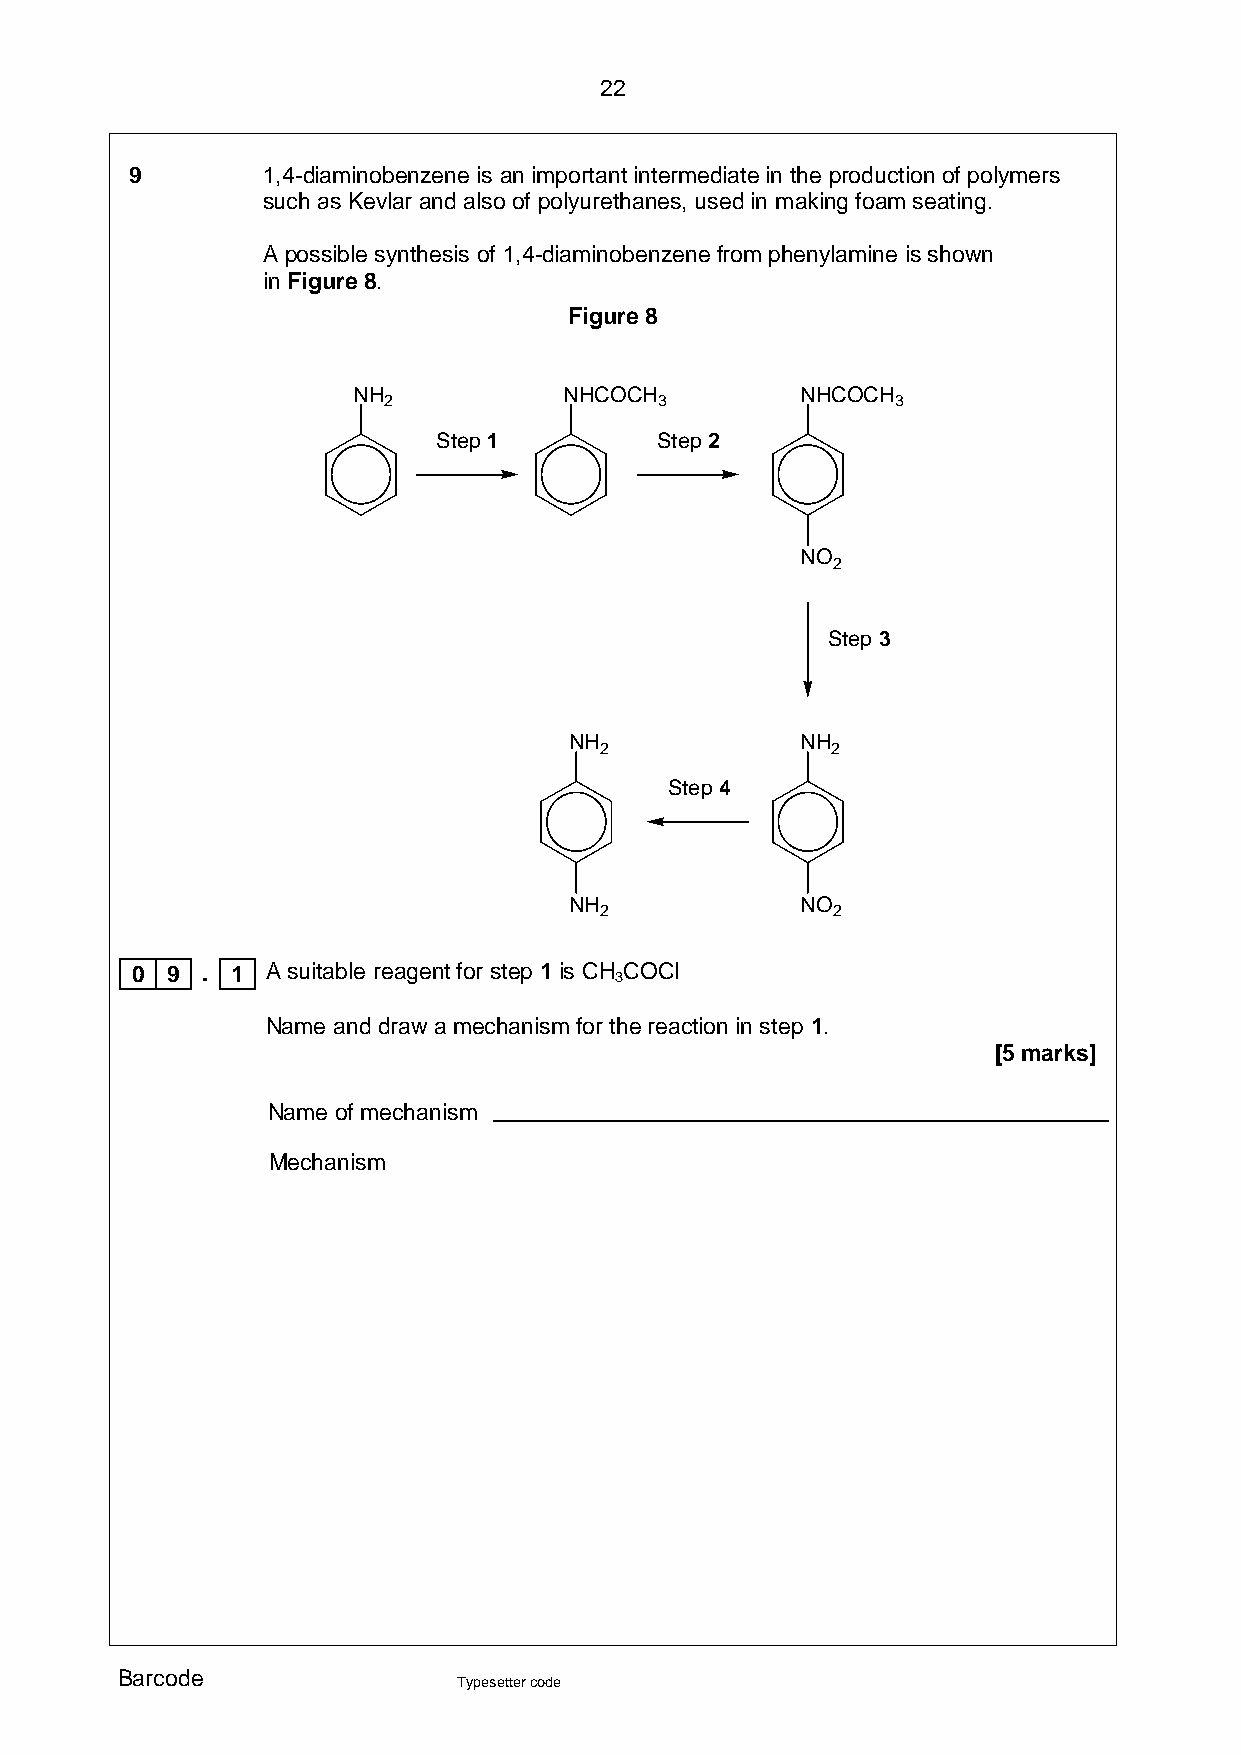
22
 9       1 ,4-diaminobenzene is an important intermediate in the production of polymers
 such as Kevlar and also of polyurethanes, used in making foam seating.
 A possible synthesis of 1,4-diaminobenzene from phenylamine is shown
 in Figure 8.
 Figure 8
 NH            NHCOCH          NHCOCH
 2                  3              3
 Step 1        Step 2
 NO
 2
 Step 3
 NH             NH
 2              2
 Step 4
 NH             NO
 2              2
 0 9 . 1  A suitable reagent for step 1 is CH 3COCl
 Name and draw a mechanism for the reaction in step 1.
 [5 marks]
 Name of mechanism
 Mechanism
 Barcode
 Typesetter code